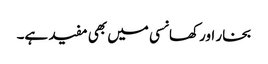
بخار اور کھانسی میں بھی مفید ہے۔